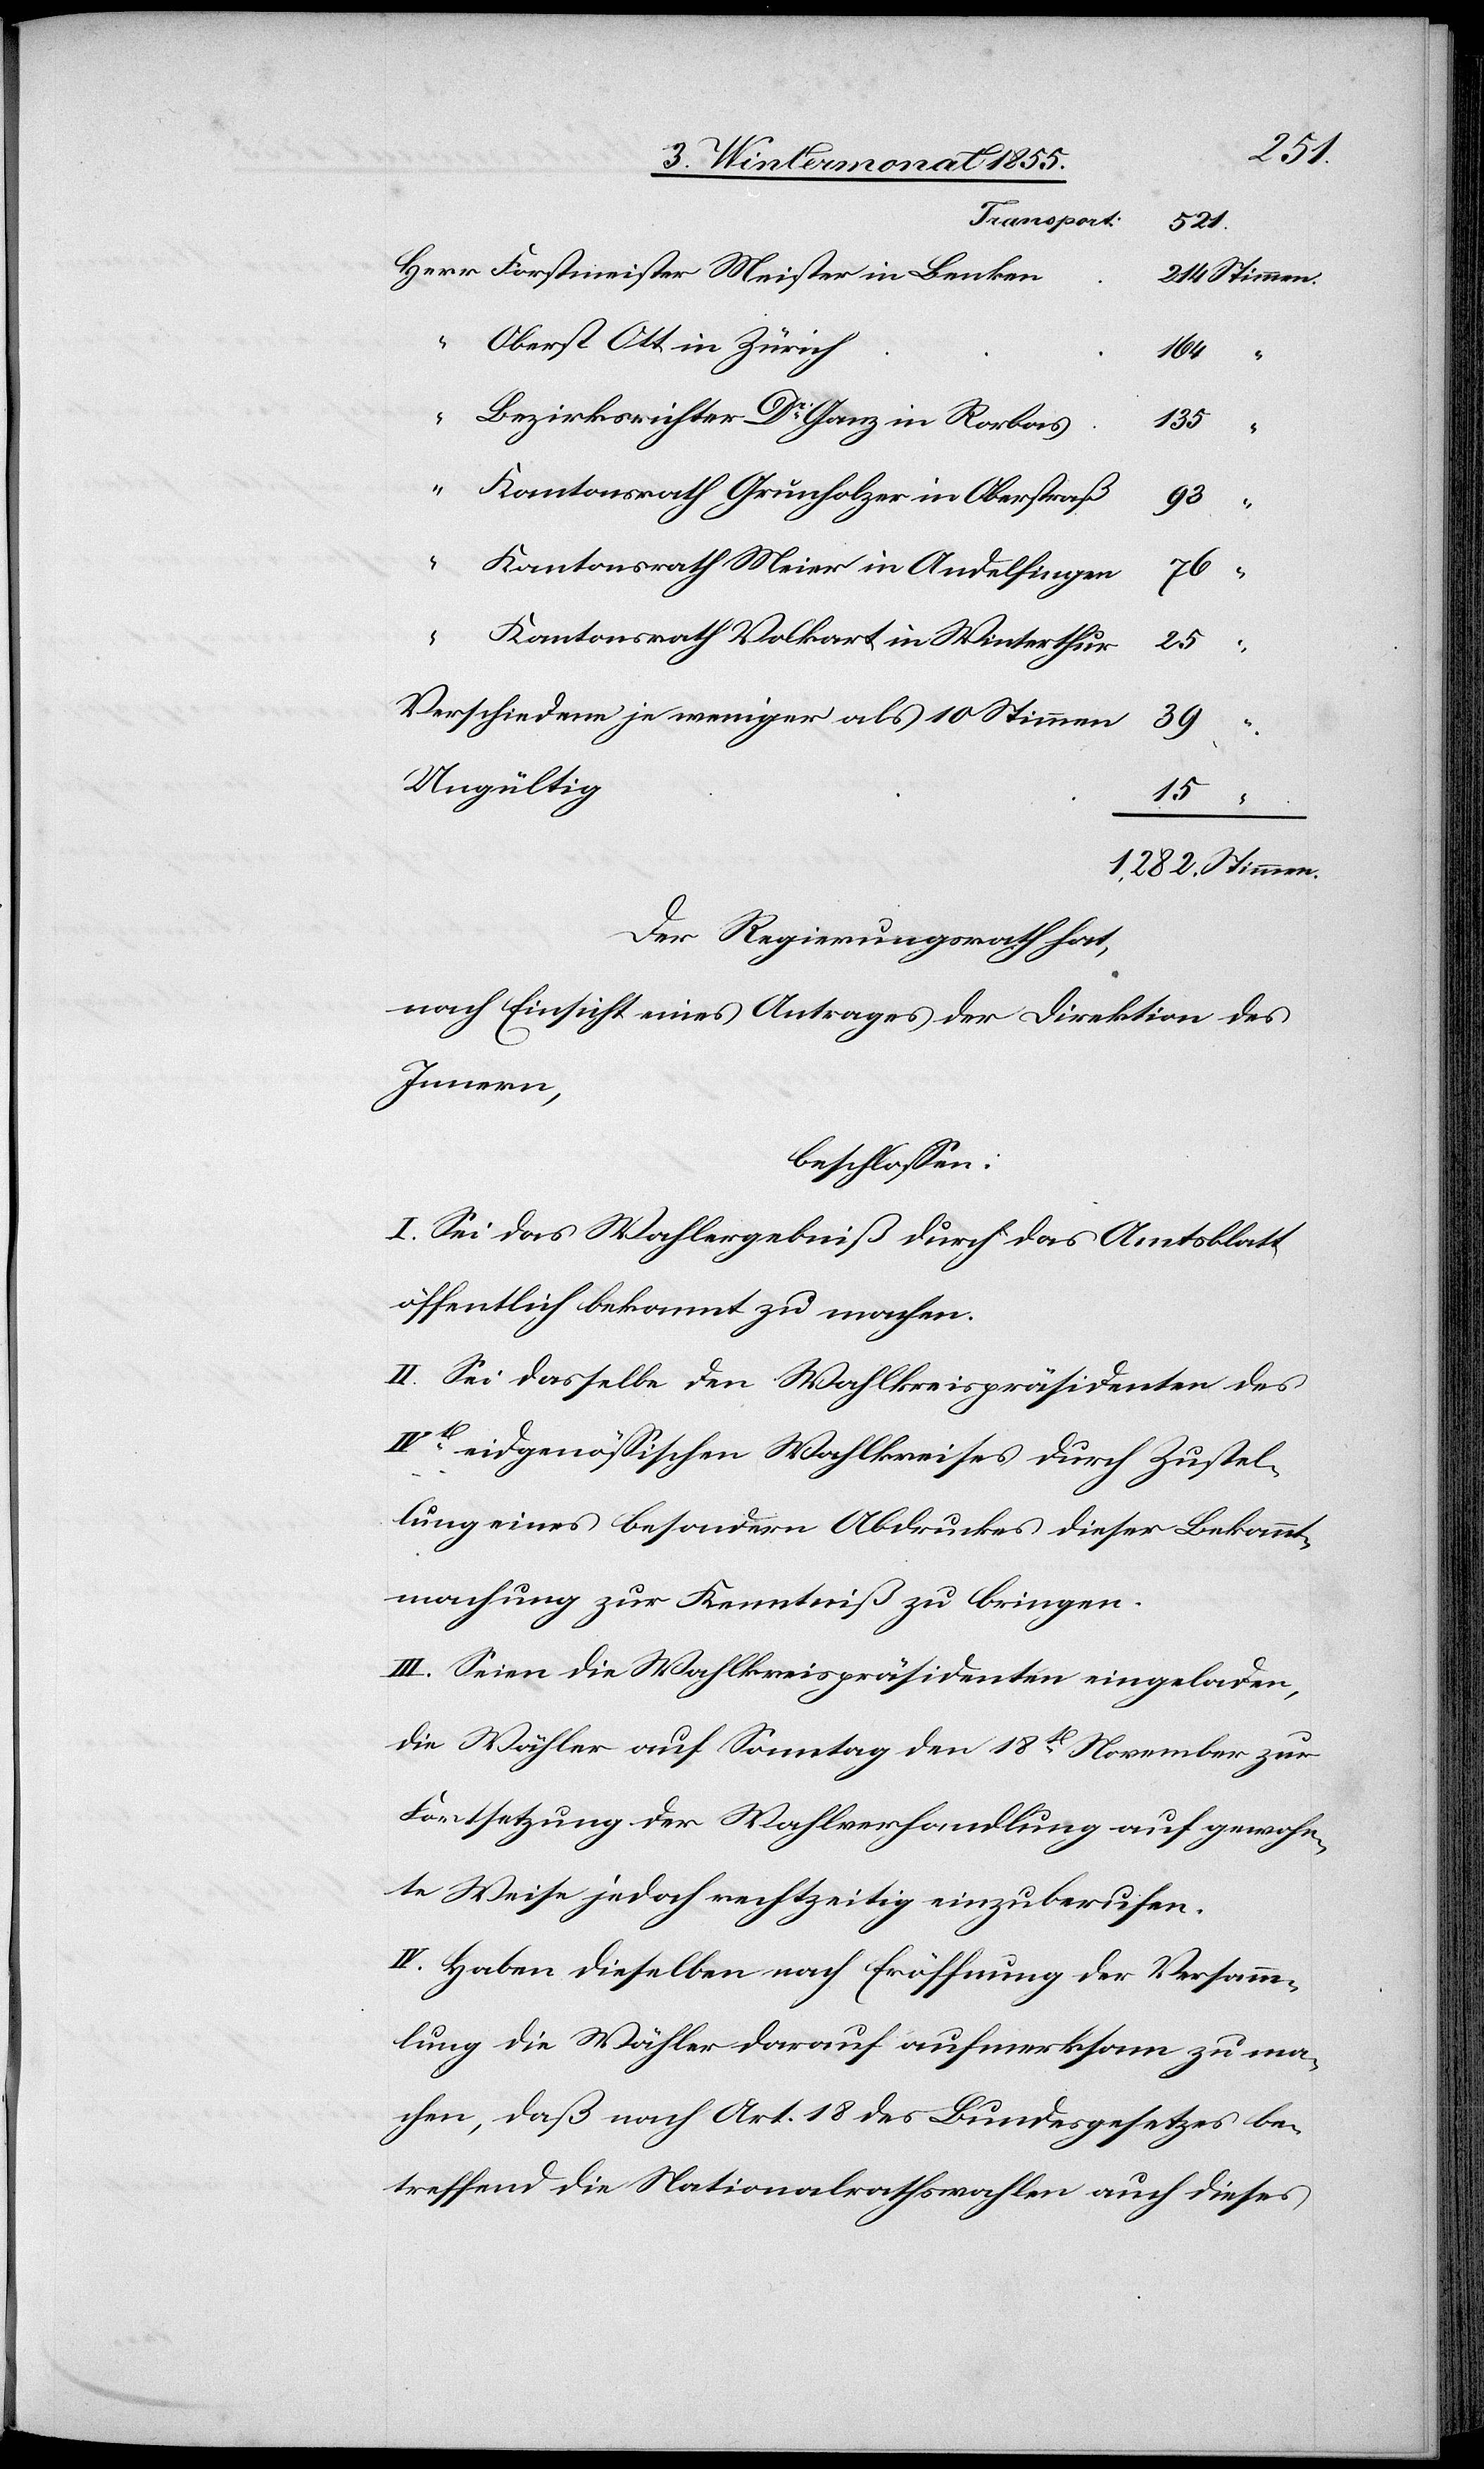
Forstmeister Meister in Benken
214 Stimmen.
Oberst Ott in Zürich
164
Bezirksrichter Dr Ganz in Rorbas
135
Kantonsrath Grunholzer in Oberstraß
93
“
Kantonsrath Meier in Andelfingen
76
Kantonsrath Volkart in Winterthur
25
Verschiedene je weniger als 10 Stimmen
39
Ungültig
15
“
1,282. Stimmen.
Der Regierungsrath hat,
nach Einsicht eines Antrages der Direktion des
Innern,
beschlossen:
I. Sei das Wahlergebniß durch das Amtsblatt
öffentlich bekannt zu machen.
II. Sei dasselbe den Wahlkreispräsidenten des
IVt. eidgenössischen Wahlkreises durch Zustel¬
lung eines besondern Abdruckes dieser Bekannt¬
machung zur Kenntniß zu bringen.
III. Seien die Wahlkreispräsidenten eingeladen,
die Wähler auf Sonntag den 18t. November zur
Fortsetzung der Wahlverhandlung auf gewohn¬
te Weise jedoch rechtzeitig einzuberufen.
IV. Haben dieselben nach Eröffnung der Versamm¬
lung die Wähler darauf aufmerksam zu ma¬
chen, daß nach Art. 18 des Bundesgesetzes be¬
treffend die Nationalrathswahlen auch dieses